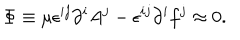
\Phi \equiv \mu \epsilon ^ { i j } \partial ^ { i } A ^ { j } - \epsilon ^ { i j } \partial ^ { i } f ^ { j } \approx 0 .